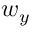
w _ { y }